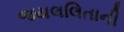
જયલલિતાની